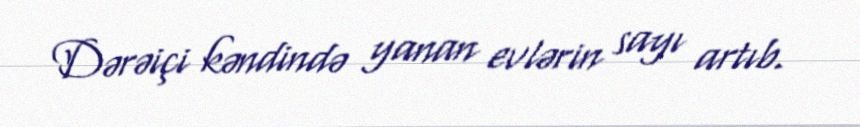
Dərəiçi kəndində yanan evlərin sayı artıb.